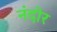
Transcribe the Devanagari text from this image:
नंदोर